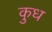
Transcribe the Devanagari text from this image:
कुध